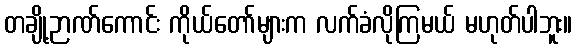
တချို့ဉာဏ်ကောင်း ကိုယ်တော်များက လက်ခံလိုကြမယ် မဟုတ်ပါဘူး။